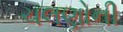
ચલણોની